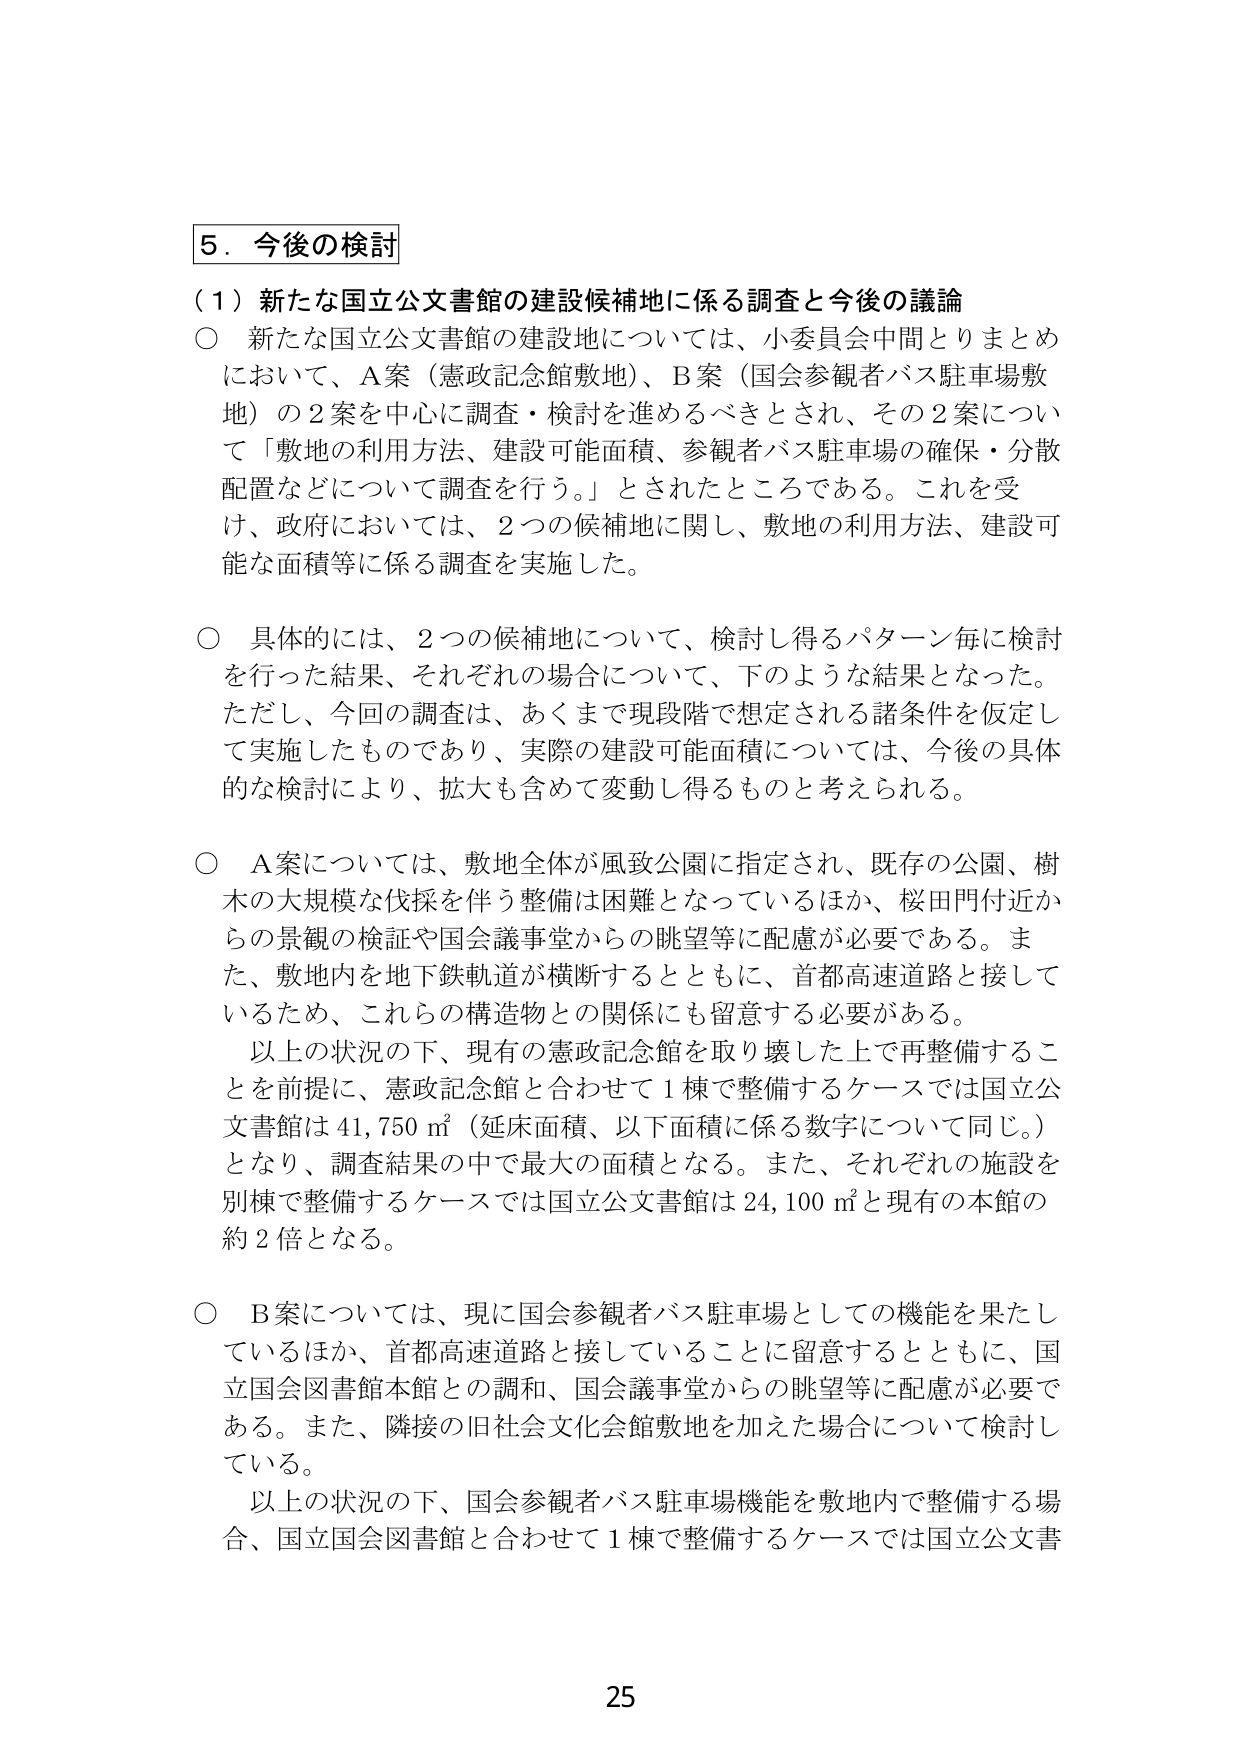
5．今後の検討

（1）新たな国立公文書館の建設候補地に係る調査と今後の議論

○ 新たな国立公文書館の建設地については、小委員会中間とりまとめにおいて、A案（憲政記念館敷地）、B案（国会参観者バス駐車場敷地）の2案を中心に調査・検討を進めるべきとされ、その2案について「敷地の利用方法、建設可能面積、参観者バス駐車場の確保・分散配置などについて調査を行う。」とされたところである。これを受けて、政府においては、2つの候補地に関し、敷地の利用方法、建設可能な面積等に係る調査を実施した。

○ 具体的には、2つの候補地について、検討し得るパターン毎に検討を行った結果、それぞれの場合について、下のような結果となった。ただし、今回の調査は、あくまで現段階で想定される諸条件を仮定して実施したものであり、実際の建設可能面積については、今後の具体的な検討により、拡大も含めて変動し得るものと考えられる。

○ A案については、敷地全体が風致公園に指定され、既存の公園、樹木の大規模な伐採を伴う整備は困難となっているほか、桜田門付近からの景観の検証や国会議事堂からの眺望等に配慮が必要である。また、敷地内を地下鉄軌道が横断するとともに、首都高速道路と接しているため、これらの構造物との関係にも留意する必要がある。

　以上の状況の下、現有の憲政記念館を取り壊した上で再整備することを前提に、憲政記念館と合わせて1棟で整備するケースでは国立公文書館は41,750㎡（延床面積、以下面積に係る数字について同じ。）となり、調査結果の中で最大の面積となる。また、それぞれの施設を別棟で整備するケースでは国立公文書館は24,100㎡と現有の本館の約2倍となる。

○ B案については、現に国会参観者バス駐車場としての機能を果たしているほか、首都高速道路と接していることに留意するとともに、国立国会図書館本館との調和、国会議事堂からの眺望等に配慮が必要である。また、隣接の旧社会文化会館敷地を加えた場合について検討している。

　以上の状況の下、国会参観者バス駐車場機能を敷地内で整備する場合、国立国会図書館と合わせて1棟で整備するケースでは国立公文書

25